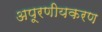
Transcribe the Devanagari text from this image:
अपूरणीयकरण